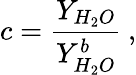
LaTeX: c=\frac{Y_{H_{2}O}}{Y_{H_{2}O}^{b}}\: ,